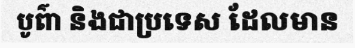
បូព៌ា និងជាប្រទេស ដែលមាន